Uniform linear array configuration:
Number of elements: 32
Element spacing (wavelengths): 0.75
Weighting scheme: cosine
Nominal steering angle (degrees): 15
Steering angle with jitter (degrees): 15.258
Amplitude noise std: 0.05
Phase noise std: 0.05

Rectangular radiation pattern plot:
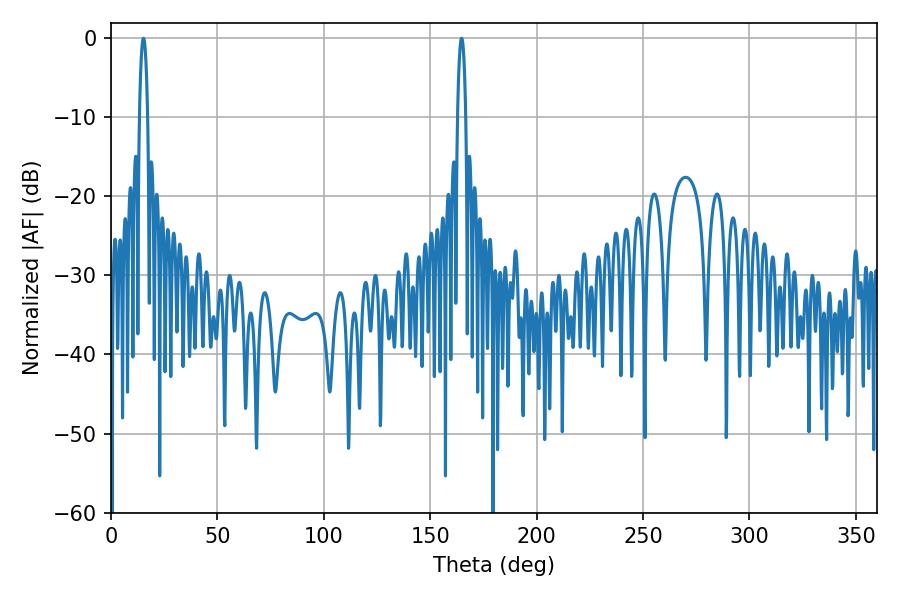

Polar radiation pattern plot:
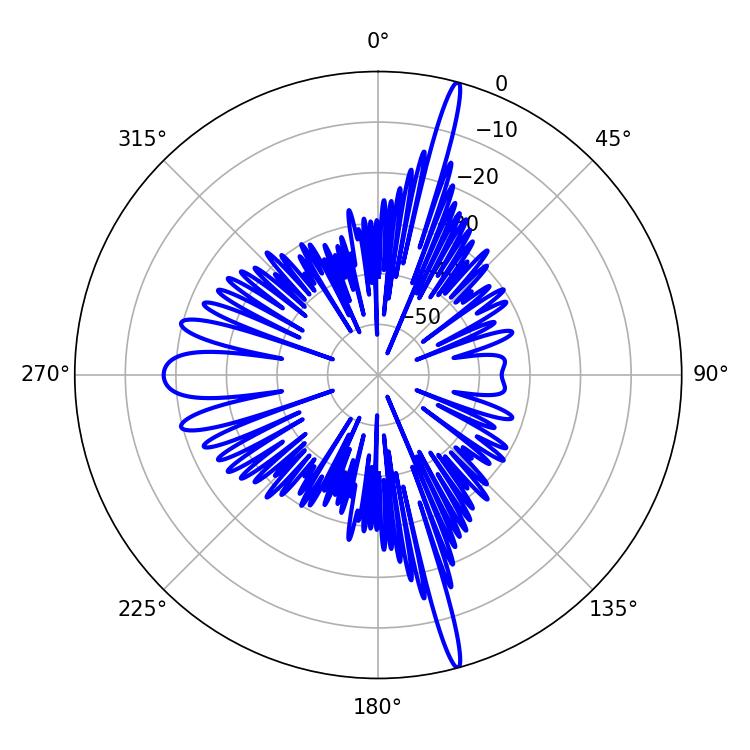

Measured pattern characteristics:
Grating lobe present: TRUE
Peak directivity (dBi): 20.727
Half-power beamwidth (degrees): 2.16
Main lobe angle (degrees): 164.7